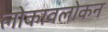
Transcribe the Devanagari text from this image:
लोकावलोकन